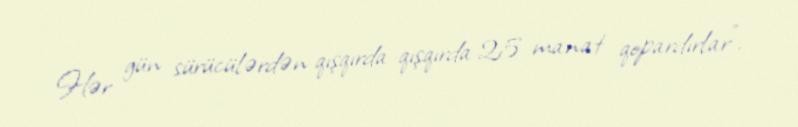
Hər gün sürücülərdən qışqırda-qışqırda 25 manat qopardırlar".